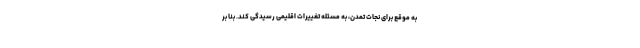
به موقع برای نجات تمدن، به مسئله تغییرات اقلیمی رسیدگی کند. بنا بر